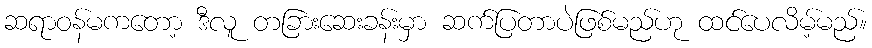
ဆရာဝန်မကတော့ ဒီလူ တခြားဆေးခန်းမှာ ဆက်ပြတာပဲဖြစ်မည်ဟု ထင်ပေလိမ့်မည်။